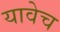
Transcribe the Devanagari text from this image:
यावेच